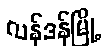
လန်ဒန်မြို့